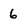
Character: 6